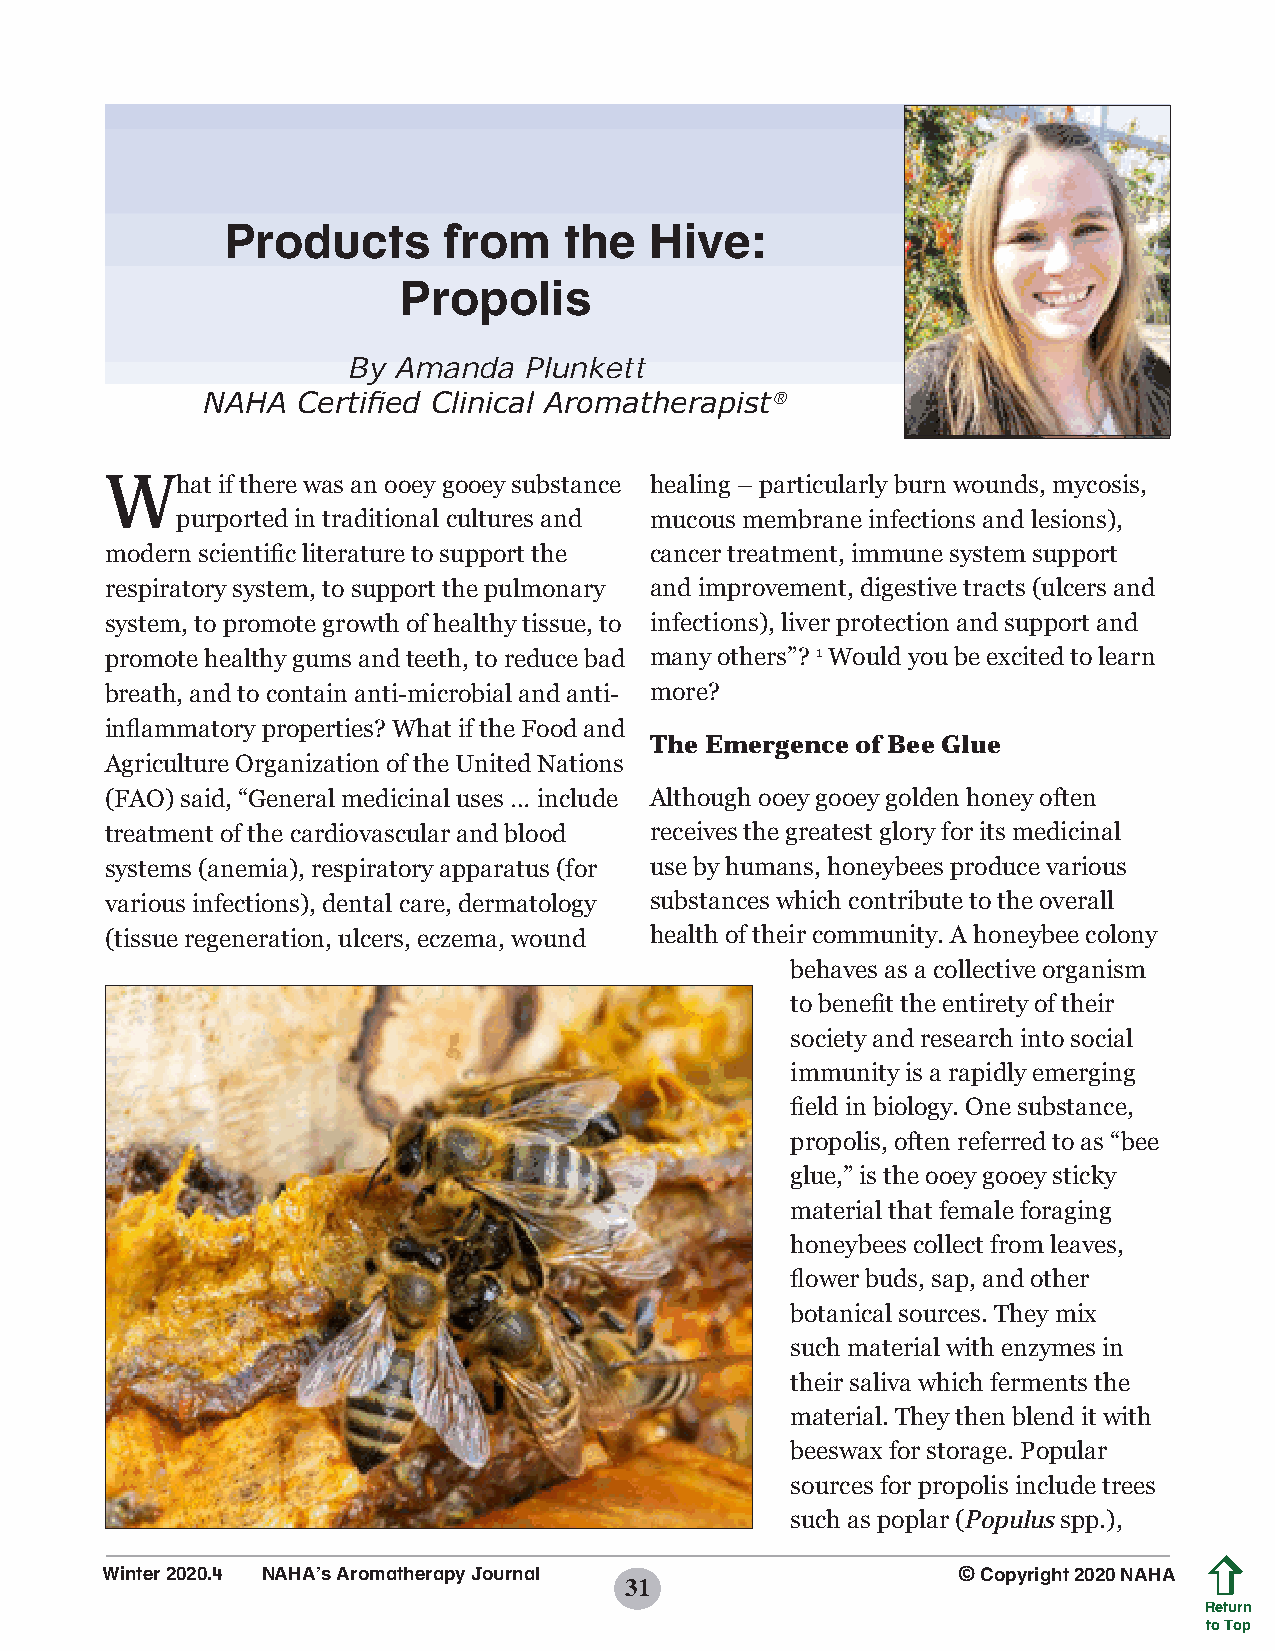
Products      from    the   Hive:
 Propolis
 By Amanda   Plunkett
 NAHA   Certified Clinical Aromatherapist®
 What   if there was an ooey gooey substance healing – particularly burn wounds, mycosis,
 purported in traditional cultures and mucous membrane infections and lesions),
 modern scientific literature to support the cancer treatment, immune system support
 respiratory system, to support the pulmonary and improvement, digestive tracts (ulcers and
 system, to promote growth of healthy tissue, to infections), liver protection and support and
 promote healthy gums and teeth, to reduce bad many others”? 1 Would you be excited to learn
 breath, and to contain anti-microbial and anti- more?
 inflammatory properties? What if the Food and
 The Emergence of Bee Glue
 Agriculture Organization of the United Nations
 (FAO) said, “General medicinal uses … include Although ooey gooey golden honey often
 treatment of the cardiovascular and blood receives the greatest glory for its medicinal
 systems (anemia), respiratory apparatus (for use by humans, honeybees produce various
 various infections), dental care, dermatology substances which contribute to the overall
 (tissue regeneration, ulcers, eczema, wound health of their community. A honeybee colony
 behaves as a collective organism
 to benefit the entirety of their
 society and research into social
 immunity is a rapidly emerging
 field in biology. One substance,
 propolis, often referred to as “bee
 glue,” is the ooey gooey sticky
 material that female foraging
 honeybees collect from leaves,
 flower buds, sap, and other
 botanical sources. They mix
 such material with enzymes in
 their saliva which ferments the
 material. They then blend it with
 beeswax for storage. Popular
 sources for propolis include trees
 such as poplar (Populus spp.),
 Winter 2020.4 NAHA’s Aromatherapy Journal               © Copyright 2020 NAHA
 31
 Return
 to Top
 